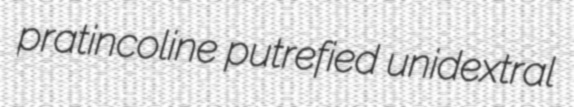
pratincoline putrefied unidextral